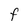
Character: F